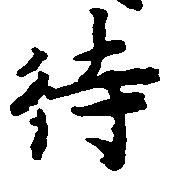
待